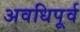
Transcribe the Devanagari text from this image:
अवधिपूर्व